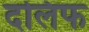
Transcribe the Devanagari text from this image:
दलिफ